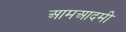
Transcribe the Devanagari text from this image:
आमआदमी